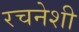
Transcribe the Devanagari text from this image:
रचनेशी